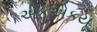
એફએકયૂ